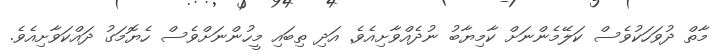
މާތް ދުވަހަކުވެސް ކަލޭމެންނަށް ކާމިޔާބު ނުދެއްވާށިއެވެ